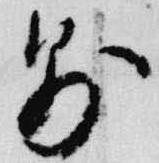
則